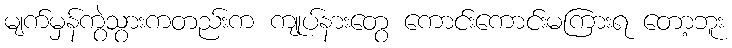
မျက်မှန်ကွဲသွားကတည်းက ကျုပ်နားတွေ ကောင်းကောင်းမကြားရ တော့ဘူး